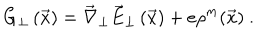
G _ { \perp } \left( \vec { x } \right) = \vec { \nabla } _ { \perp } \vec { E } _ { \perp } \left( \vec { x } \right) + e \rho ^ { m } ( \vec { x } ) \ .